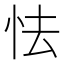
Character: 怯